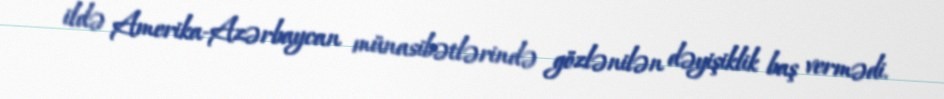
ildə Amerika-Azərbaycan münasibətlərində gözlənilən dəyişiklik baş vermədi.